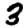
Digit: 3